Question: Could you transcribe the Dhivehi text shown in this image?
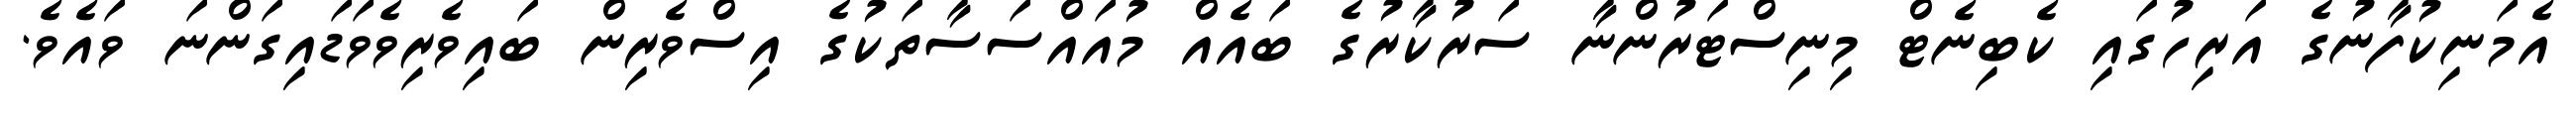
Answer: އެމަނިކުފާނުގެ އަރިހުގައި ކެބިނެޓް މިނިސްޓަރުންނާ ސަރުކާރުގެ ބައެއް މުއައްސަސާތަކުގެ އިސްވެރިން ބައިވެރިވެވަޑައިގަންނަ ވައެވެ.